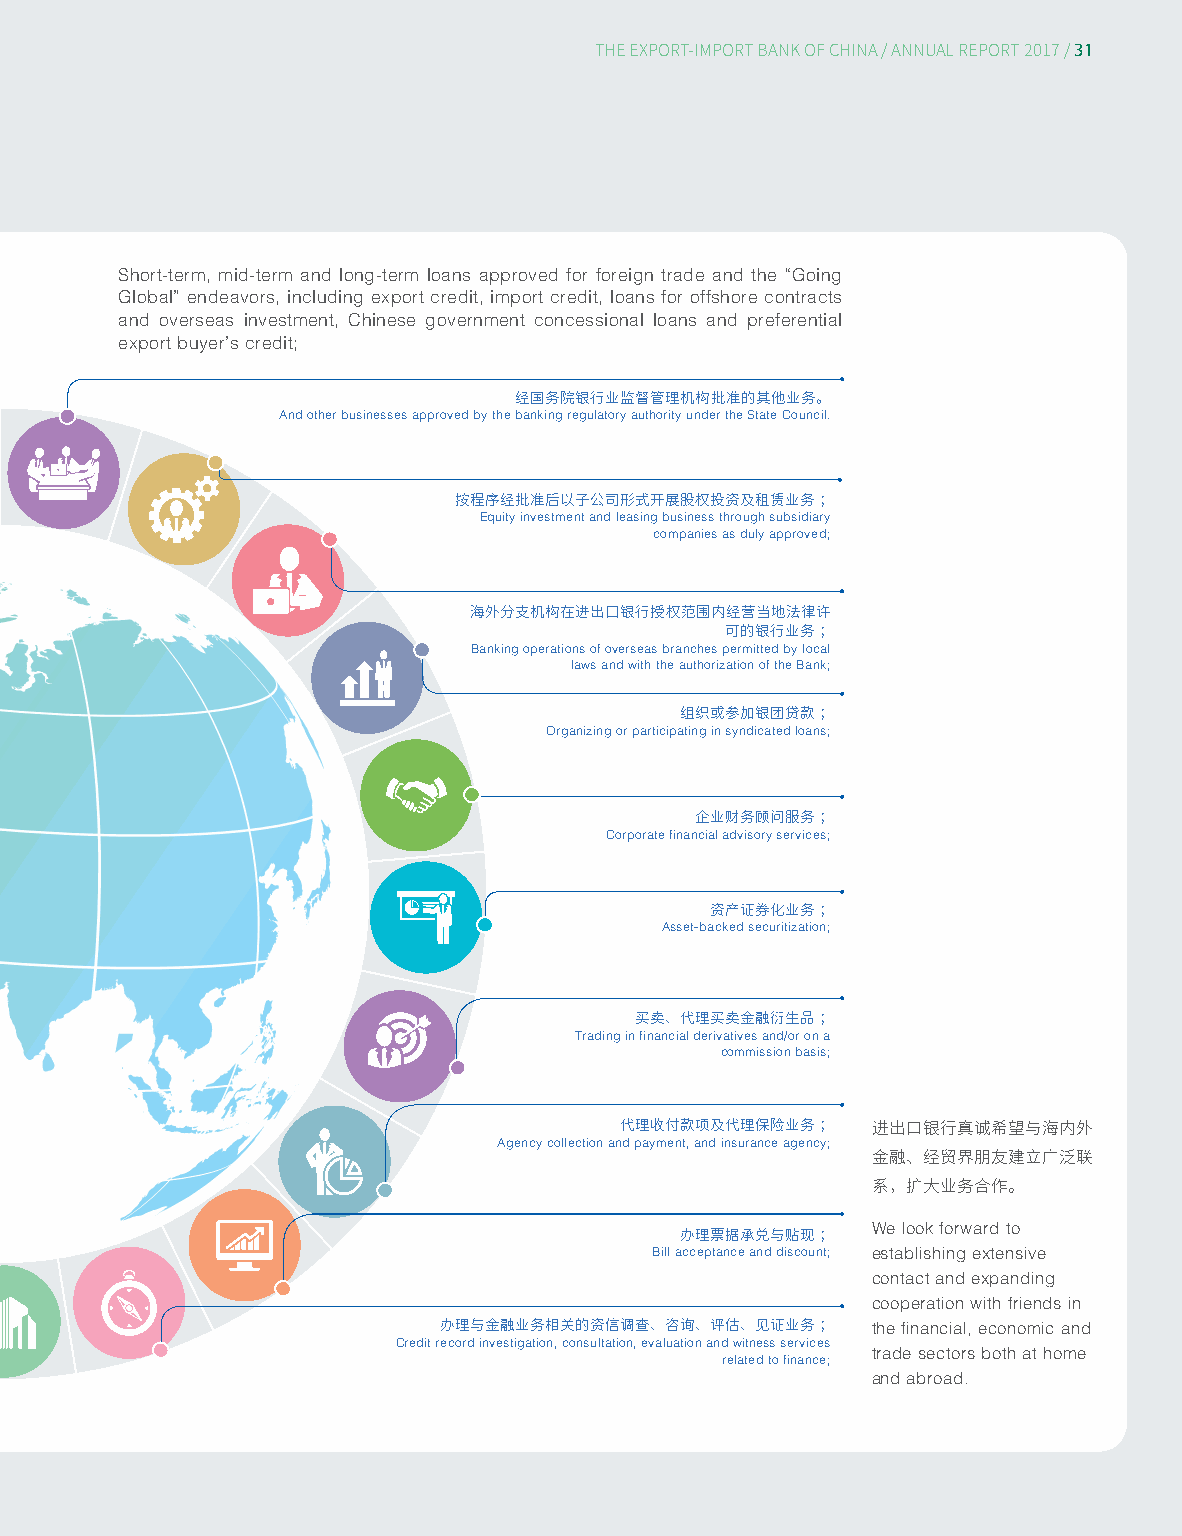
31
 THE EXPORT-IMPORT BANK OF CHINA/ ANNUAL REPORT 2017/
 Short-term, mid-term and long-term loans approved for foreign trade and the “Going
 Global” endeavors, including export credit, import credit, loans for offshore contracts
 and overseas investment, Chinese government concessional loans and preferential
 export buyer’s credit;
 经国务院银行业监督管理机构批准的其他业务。
 And other businesses approved by the banking regulatory authority under the State Council.
 按程序经批准后以子公司形式开展股权投资及租赁业务；
 Equity investment and leasing business through subsidiary
 companies as duly approved;
 海外分支机构在进出口银行授权范围内经营当地法律许
 可的银行业务；
 Banking operations of overseas branches permitted by local
 laws and with the authorization of the Bank;
 组织或参加银团贷款；
 Organizing or participating in syndicated loans;
 企业财务顾问服务；
 Corporate financial advisory services;
 资产证券化业务；
 Asset-backed securitization;
 买卖、代理买卖金融衍生品；
 Trading in financial derivatives and/or on a
 commission basis;
 Agency collection an代 d p理 ay收 m付 en款 t, a项 nd及 in代 su理 ra保 nc险 e a业 ge务 nc； y; 进出口银行真诚希望与海内外
 金融、经贸界朋友建立广泛联
 系，扩大业务合作。
 We look forward to
 Bill a办 cc理 ep票 tan据 ce承 a兑 nd与 di贴 sc现 oun； t; establishing extensive
 contact and expanding
 cooperation with friends in
 the financial, economic and
 办理与金融业务相关的资信调查、咨询、评估、见证业务；
 Credit record investigation, consultation, evaluation and witness services
 trade sectors both at home
 related to finance;
 and abroad.